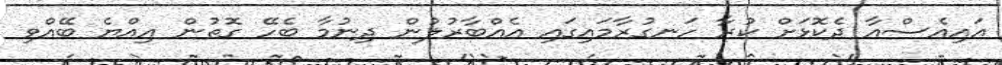
އައިއެސްއާ ދެކޮޅަށް ކުރާ ހަނގުރާމައިގައި އެއްބާރުލުން ދިނުމާ ބެހޭ ގޮތުން އިއްޔެ ބޭއްވި